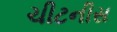
ચીટનીસ